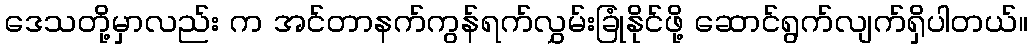
ဒေသတို့မှာလည်း က အင်တာနက်ကွန်ရက်လွှမ်းခြုံနိုင်ဖို့ ဆောင်ရွက်လျက်ရှိပါတယ်။